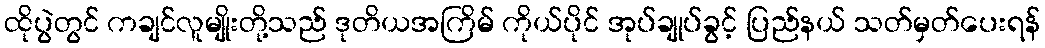
ထိုပွဲတွင် ကချင်လူမျိုးတို့သည် ဒုတိယအကြိမ် ကိုယ်ပိုင် အုပ်ချုပ်ခွင့် ပြည်နယ် သတ်မှတ်ပေးရန်